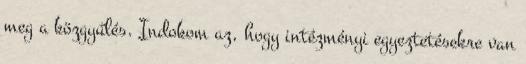
meg a közgyűlés. Indokom az, hogy intézményi egyeztetésekre van